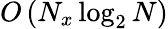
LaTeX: O\left(N_{x}\log_{2}N\right)